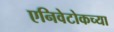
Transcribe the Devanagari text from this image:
एनिवेटोकच्या